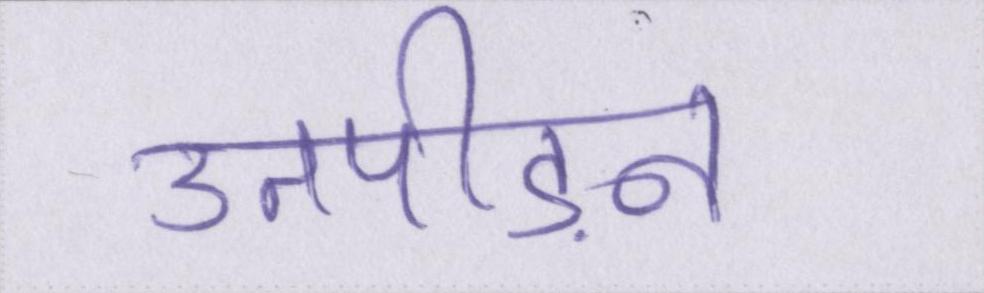
उतपीड़न